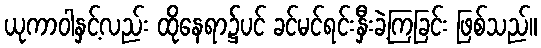
ယုကာဝါနှင့်လည်း ထိုနေရာ၌ပင် ခင်မင်ရင်းနှီးခဲ့ကြခြင်း ဖြစ်သည်။